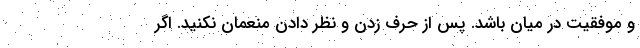
و موفقیت در میان باشد. پس از حرف زدن و نظر دادن منعمان نکنید. اگر